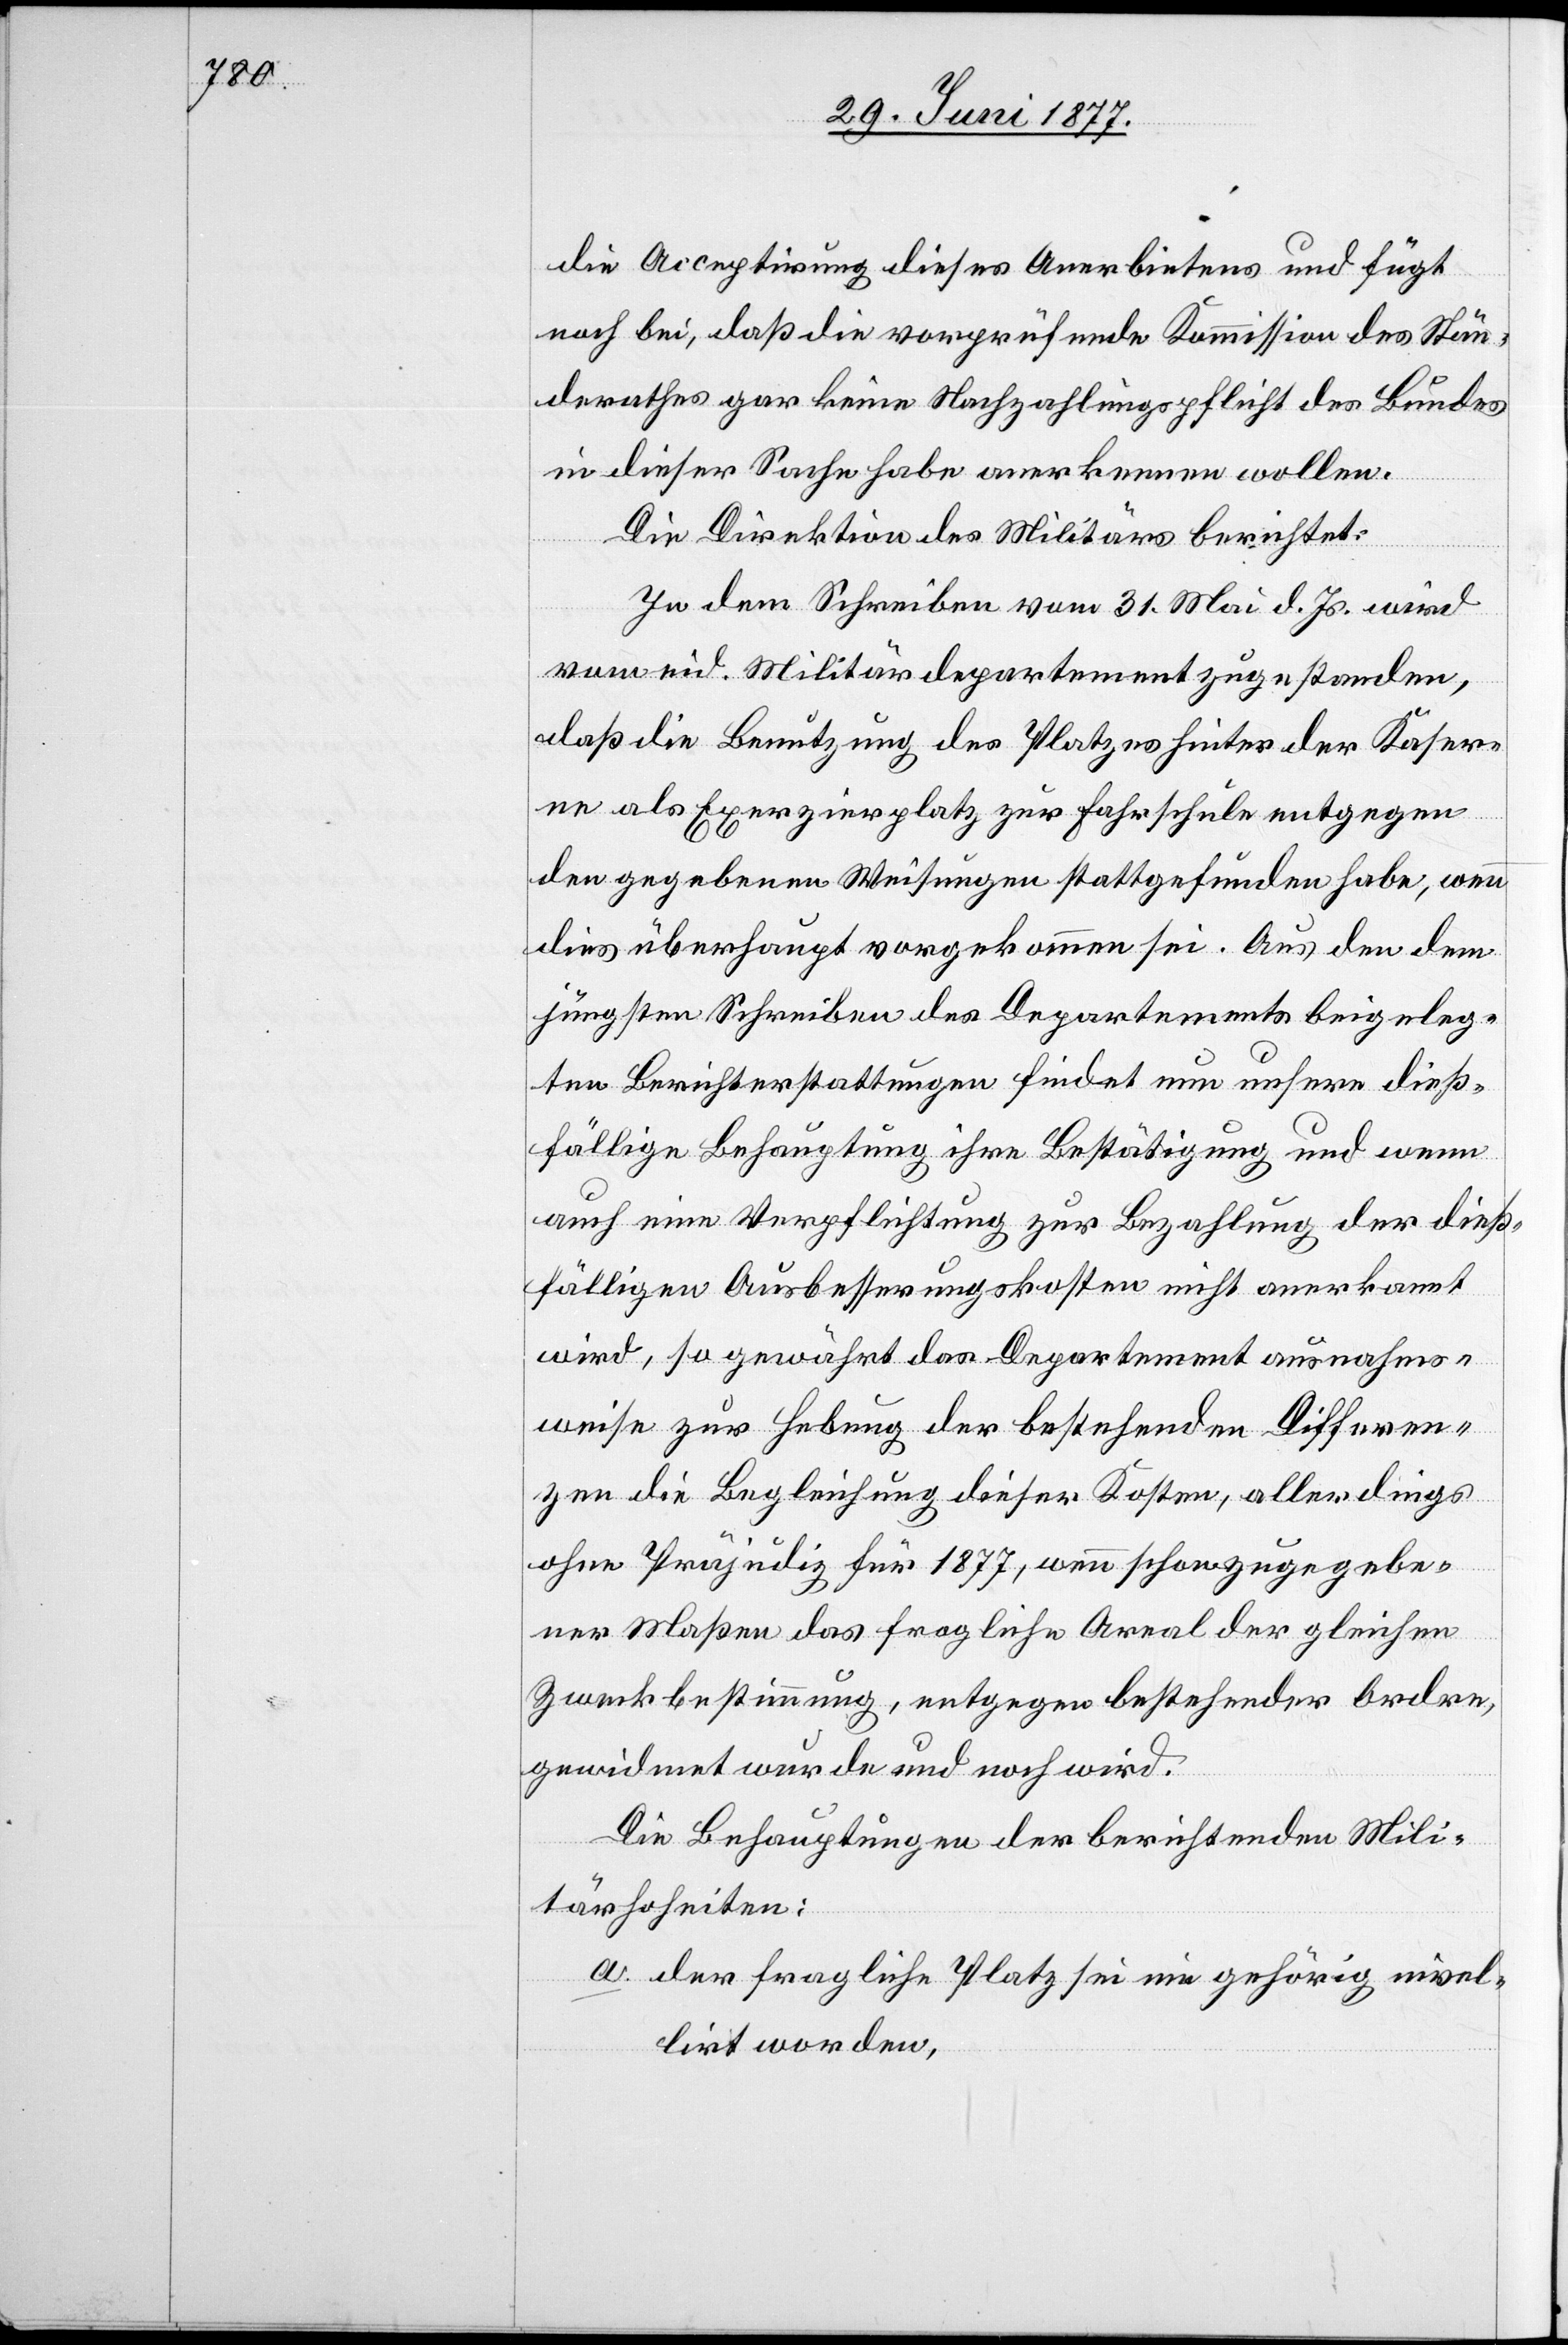
die Acceptirung dieses Anerbietens und fügt
noch bei, daß die vorprüfende Kommission des Stän¬
derathes gar keine Nachzahlungspflicht des Bundes
in dieser Sache habe anerkennen wollen.
Die Direktion des Militärs berichtet:
In dem Schreiben vom 31. Mai d. Js. wird
vom eid. Militärdepartement zugestanden,
daß die Benutzung des Platzes hinter der Kaser¬
ne als Exerzierplatz zur Fahrschule entgegen
den gegebenen Weisungen stattgefunden habe, wenn
dies überhaupt vorgekommen sei. Aus den dem
jüngsten Schreiben des Departements beigeleg¬
ten Berichterstattungen findet nun unsere dieß¬
fällige Behauptung ihre Bestätigung und wenn
auch eine Verpflichtung zur Bezahlung der dieß¬
fälligen Ausbesserungskosten nicht anerkannt
wird, so gewährt das Departement ausnahms¬
weise zur Hebung der bestehenden Differen¬
zen die Begleichung dieser Kosten, allerdings
ohne Präjudiz für 1877, wenn schon zugegebe¬
ner Maßen das fragliche Areal der gleichen
Zweckbestimmung, entgegen bestehender Ordre,
gewidmet wurde und noch wird.
Die Behauptungen der berichtenden Mili¬
tärhoheiten:
a. der fragliche Platz sei nie gehörig nivel¬
lirt worden,